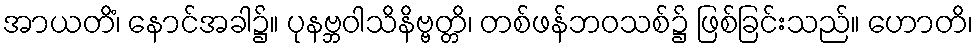
အာယတိံ၊ နောင်အခါ၌။ ပုနဗ္ဘဝါသိနိဗ္ဗတ္တိ၊ တစ်ဖန်ဘဝသစ်၌ ဖြစ်ခြင်းသည်။ ဟောတိ၊